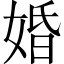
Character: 婚